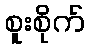
စူးစိုက်